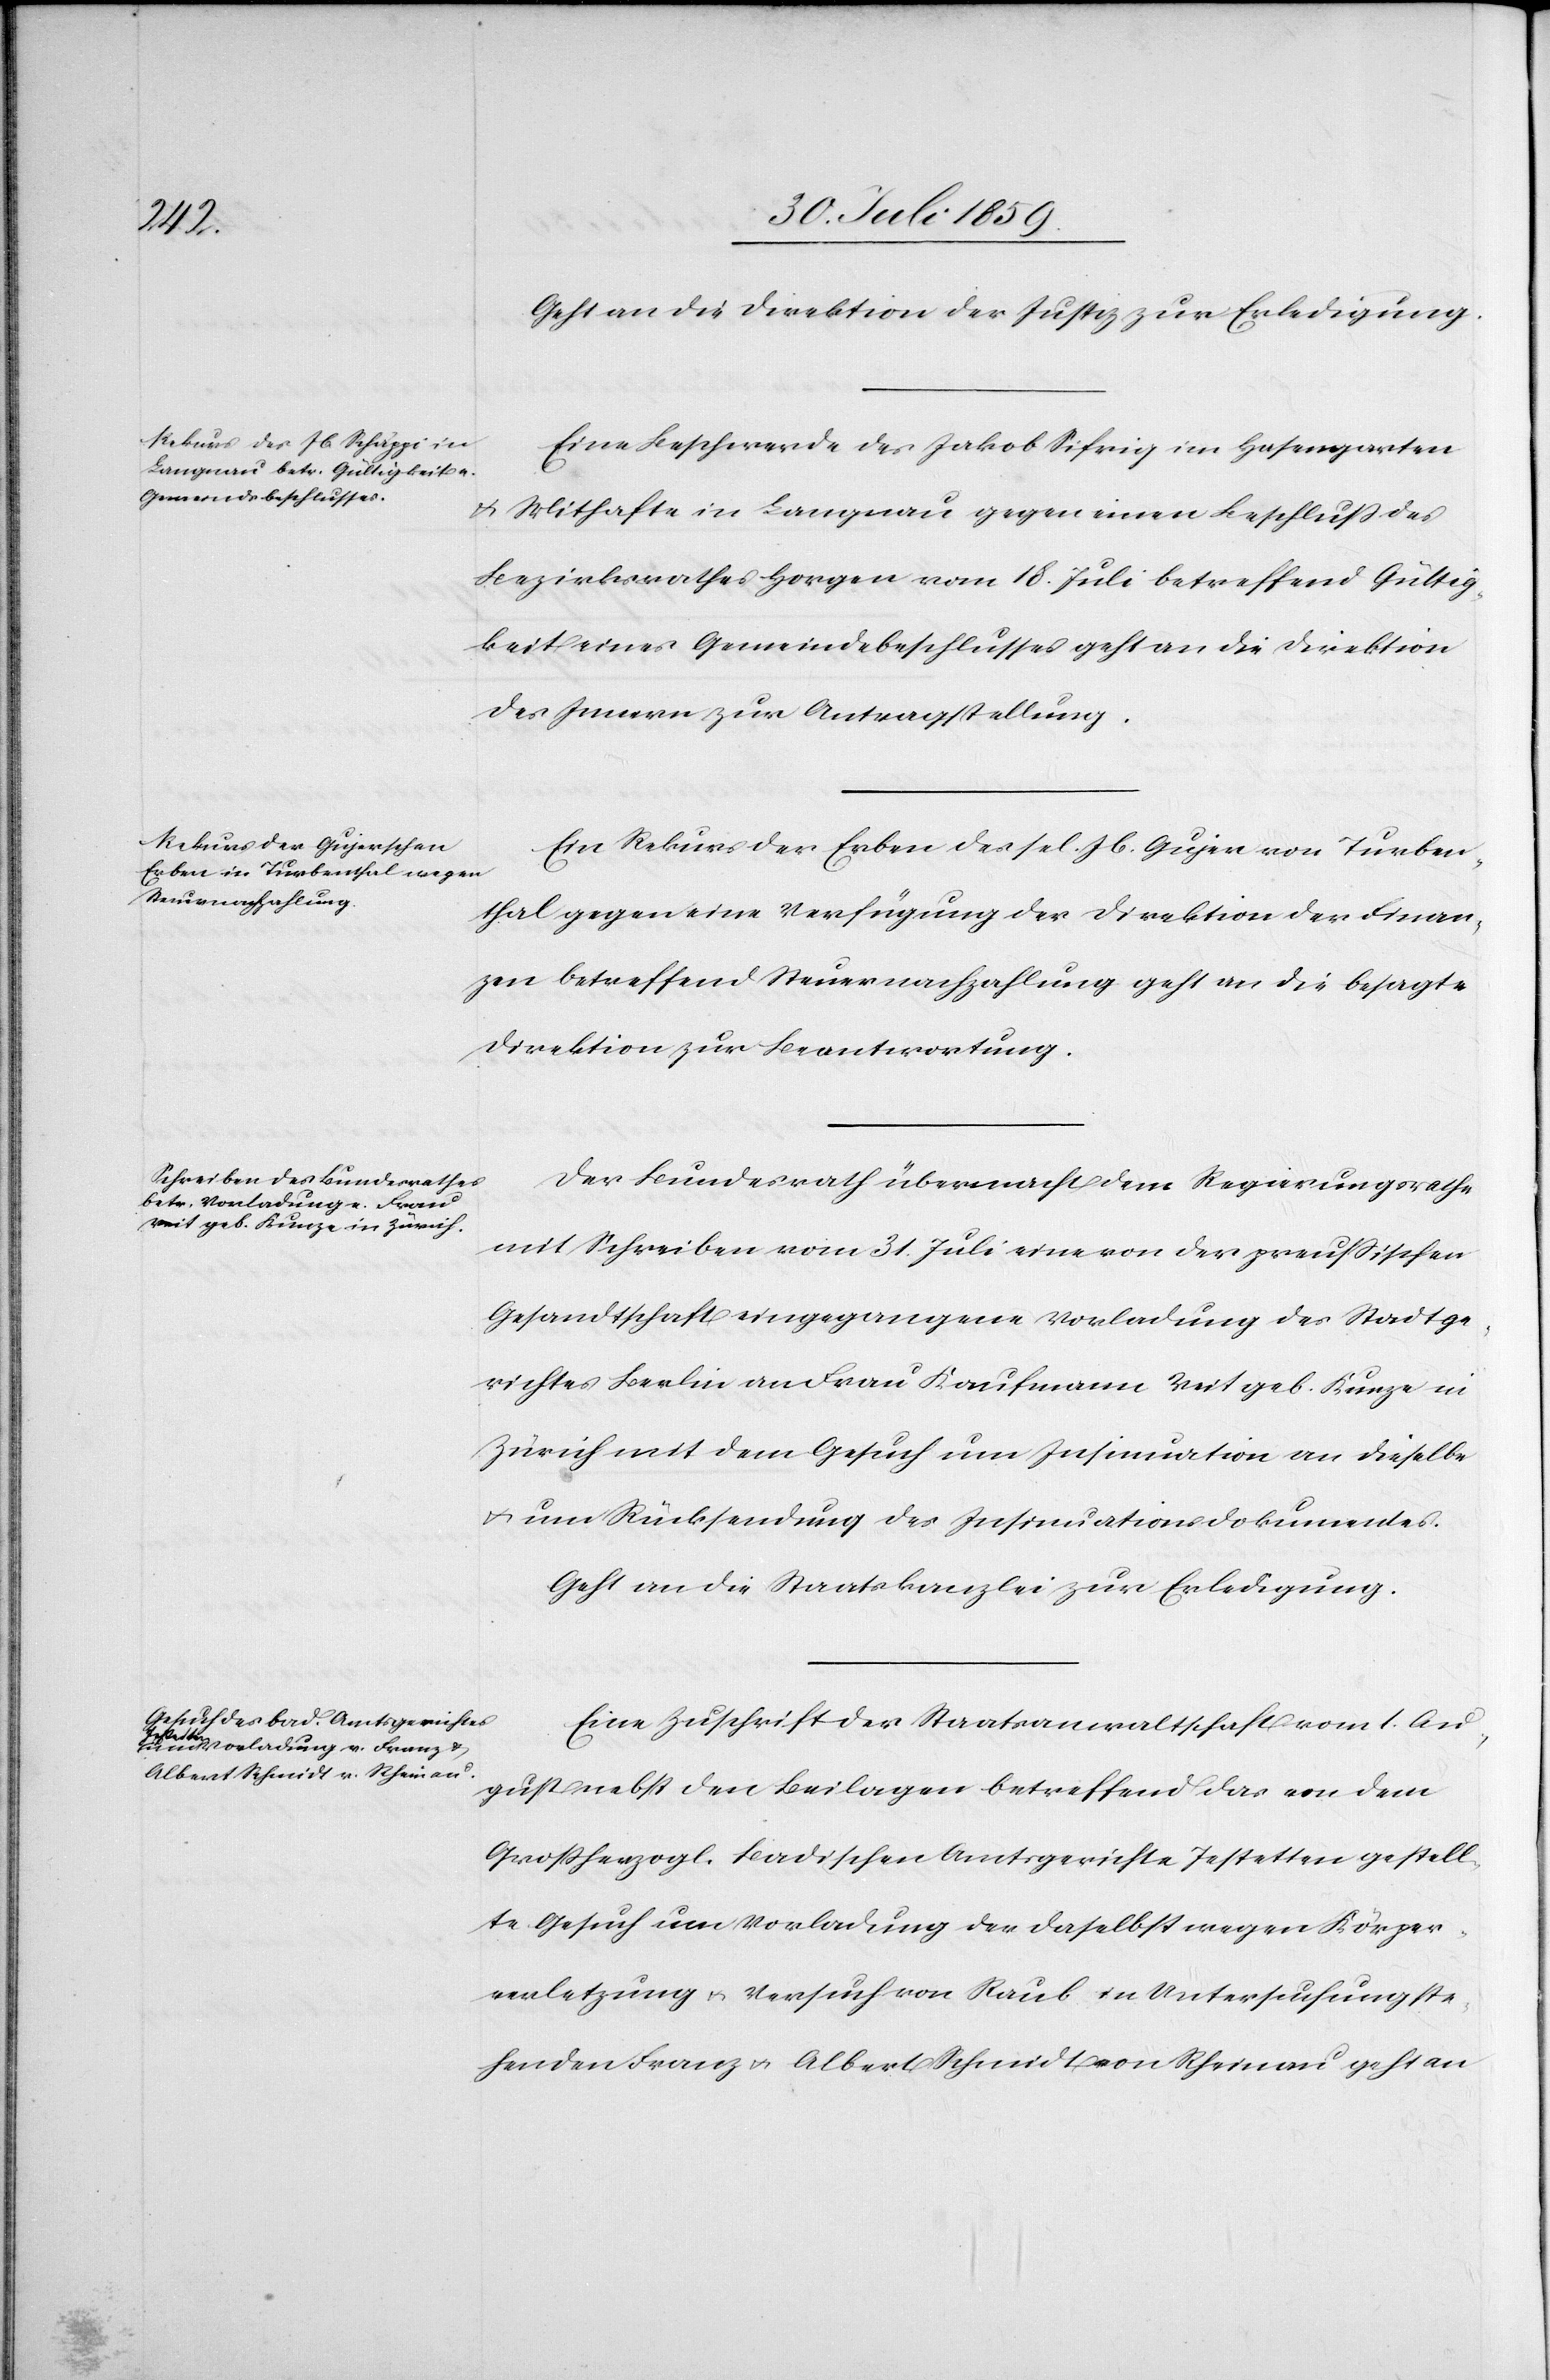
Geht an die Direktion der Justiz zur Erledigung.
Eine Beschwerde des Jakob Sifrig [sic!] im Hasengarten
u. Mithafte in Langnau gegen einen Beschluß des
Bezirksrathes Horgen vom 18. Juli betreffend Gültig¬
keit eines Gemeindebeschlusses geht an die Direktion
des Innern zur Antragstellung.
Ein Rekurs der Erben des sel. Jb. Gujer von Turben¬
thal gegen eine Verfügung der Direktion der Finan¬
zen betreffend Steuernachzahlung geht an die besagte
Direktion zur Beantwortung.
Der Bundesrath übermacht dem Regierungsrathe
mit Schreiben vom 31. Juli eine von der preußischen
Gesandtschaft eingegangene Vorladung des Stadtge¬
richtes Berlin an Frau Kaufmann Veit geb. Kunze in
Zürich mit dem Gesuch um Insinuation an dieselbe
u. um Rücksendung des Insinuationsdokumentes.
Geht an die Staatskanzlei zur Erledigung.
Eine Zuschrift der Staatsanwaltschaft vom 1. Au¬
gust nebst den Beilagen betreffend das von dem
Großherzogl. Badischen Amtsgerichte Jestetten gestell¬
te Gesuch um Vorladung der daselbst wegen Körper¬
verletzung u. Versuch von Raub in Untersuchung ste¬
henden Franz u. Albert Schmidt von Rheinau geht an